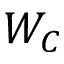
W _ { C }